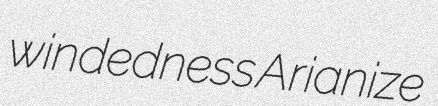
windedness Arianize